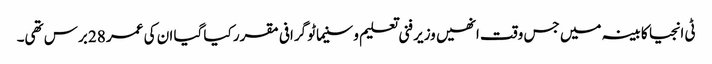
ٹی انجیا کابینہ میں جس وقت انھیں وزیر فنی تعلیم و سنیماٹو گرافی مقرر کیا گیا ان کی عمر 28 برس تھی۔